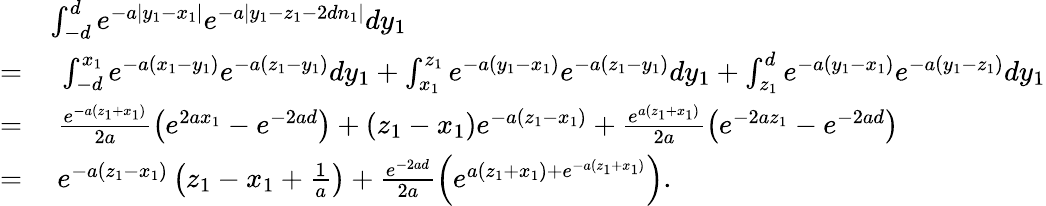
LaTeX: \begin{array}{rl}&{\int_{-d}^{d}e^{-a|y_{1}-x_{1}|}e^{-a|y_{1}-z_{1}-2dn_{1}|}dy_{1}}\\ {=}&{~\int_{-d}^{x_{1}}e^{-a(x_{1}-y_{1})}e^{-a(z_{1}-y_{1})}dy_{1}+\int_{x_{1}}^{z_{1}}e^{-a(y_{1}-x_{1})}e^{-a(z_{1}-y_{1})}dy_{1}+\int_{z_{1}}^{d}e^{-a(y_{1}-x_{1})}e^{-a(y_{1}-z_{1})}dy_{1}}\\ {=}&{~\frac{e^{-a(z_{1}+x_{1})}}{2a}\left(e^{2ax_{1}}-e^{-2ad}\right)+(z_{1}-x_{1})e^{-a(z_{1}-x_{1})}+\frac{e^{a(z_{1}+x_{1})}}{2a}\left(e^{-2az_{1}}-e^{-2ad}\right)}\\ {=}&{~e^{-a(z_{1}-x_{1})}\left(z_{1}-x_{1}+\frac{1}{a}\right)+\frac{e^{-2ad}}{2a}\left(e^{a(z_{1}+x_{1})+e^{-a(z_{1}+x_{1})}}\right).}\end{array}